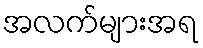
အလက်များအရ